Regulations for the medical services of the Army of India
Year: 1930
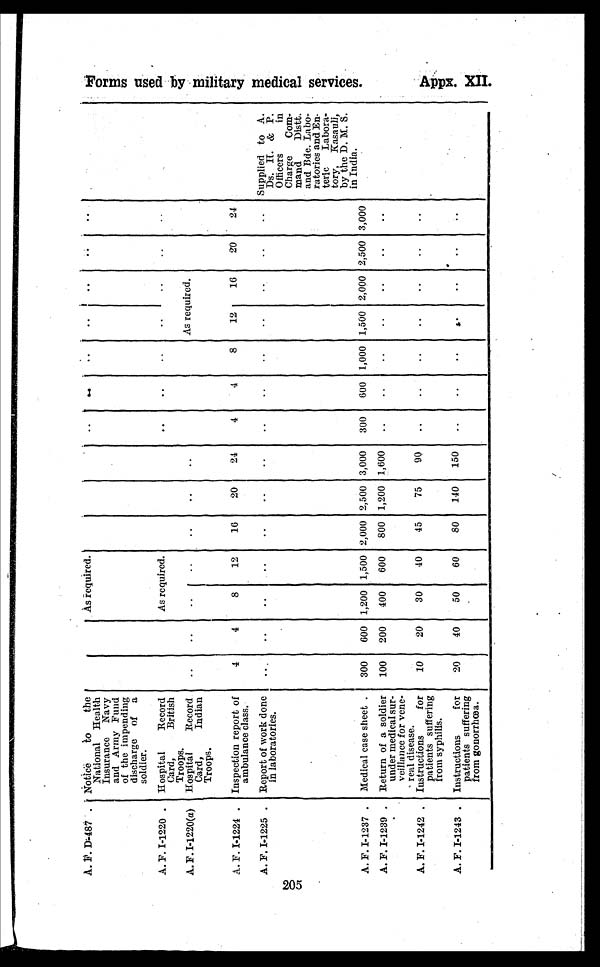
205
A.F.D-487 .
N o t i c e t o t h e N a t i o n a l H e a l t h
Insurance Navy
and Army Fund
of the impending
discharge of a
soldier.
As required.
..
..
. .
..
..
. .
..
A.F. I-1220
H o s p i t a l R e c o r d C a r d ,
B r i t i s h
Troops.
As required.
..
..
. .
..
..
. .
..
A.F.I-1220(a)
H o s p i t a l R e c o r d C a r d ,
I n d i a n
Troops.
..
..
..
. .
. .
. .
. .
As required.
A.F.I-1224 .
Inspect i on report of ambul ance cl ass. 4
4
8
1 2
1 6
2 0
2 4
4
4
8 12
16
2 0
24
A.F.I-1225 .
R e p o r t o f w o r k d o n e i n l a b o r a t i e s ...
..
..
. .
. .
. .
. .
..
..
. .
..
..
. .
..
Suppl i ed t o A. Ds. H. & P. Of f i cer s i n
Charge Com-
mand
Distt.
and Bde. Labo
ratories and En
teric. Labora
tory, Kasauli,
by the D. M. S.
in India.
A.F.I-1237 .
M e d i c a l c a s e s h e e t .
300 600 1,200
1 , 5 0 0
2 , 0 0 0
2 , 5 0 0
3 , 0 0 0
300 600
1 , 0 0 0
1,500 2,000
2 , 5 0 0
3,000
A.F.I-1239
R e t u r n o f a s o l i d i e r u n d e r m e d i c a l s u r -
veillance for vene-
real disease.
100 200 400
6 0 0
8 0 0
1 , 2 0 0
1 , 6 0 0
..
..
. .
..
..
. .
..
A.F.I-1242 .
I n s t r u c t i o n f o r p a t i e n t s s u f f e r i n g
from syphilis.
10
20
30
4 0
4 5
7 5
9 0
..
..
. .
..
..
. .
..
A.F.I-1243 .
I n s t r u c t i o n s f o r p a t i e n t s s u f f e r i n g
from gonorrhœa.
20
40
50
6 0
8 0
1 4 0
1 5 0
..
..
. .
..
..
..
..
F o r m s u s e d b y m i l i t a r y m e d i c a l s e r v i c e s .
Appx. XII.